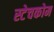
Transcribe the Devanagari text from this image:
स्टेचकोम